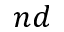
n d